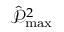
\hat { \mathcal { P } } _ { \operatorname* { m a x } } ^ { 2 }